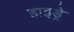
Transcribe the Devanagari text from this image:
हाइड्रे